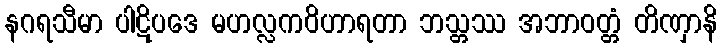
နဂရသီမာ ပါဋိပဒေ မဟလ္လကဝိဟာရတာ ဘသ္တဿ အဘာဝတ္တံ တိဏှာနိ